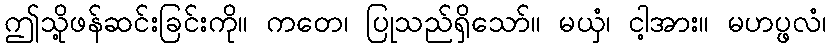
ဤသို့ဖန်ဆင်းခြင်းကို။ ကတေ၊ ပြုသည်ရှိသော်။ မယှံ၊ ငါ့အား။ မဟပ္ဖလံ၊